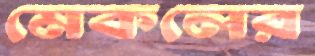
মেকলের